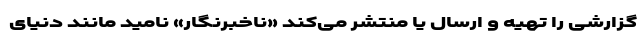
گزارشی را تهیه و ارسال یا منتشر می‌کند «ناخبرنگار» نامید مانند دنیای